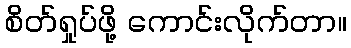
စိတ်ရှုပ်ဖို့ ကောင်းလိုက်တာ။